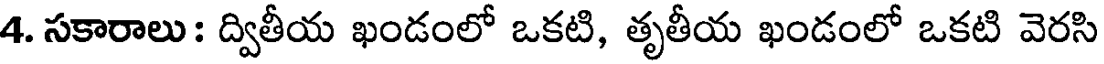
4. సకారాలు : ద్వితీయ ఖండంలో ఒకటి, తృతీయ ఖండంలో ఒకటి వెరసి